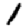
Digit: 1